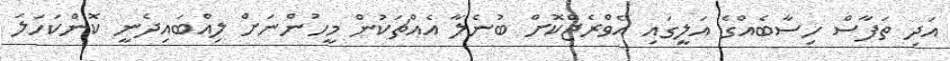
އަދި ތަފާސް ހިސާބެއްގެ އަލީގައި އެވްރެޖްކޮށް ބުނެލާ އެއްޗަކުން މީހުންނަށް ލިއްބައިދެނީ ކޮންކަހަލަ